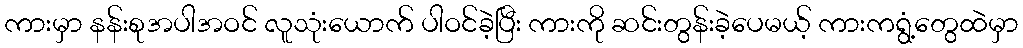
ကားမှာ နန်းစုအပါအဝင် လူသုံးယောက် ပါဝင်ခဲ့ပြီး ကားကို ဆင်းတွန်းခဲ့ပေမယ့် ကားကရွံ့တွေထဲမှာ